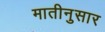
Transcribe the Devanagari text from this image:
मातीनुसार